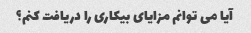
آیا می توانم مزایای بیکاری را دریافت کنم؟